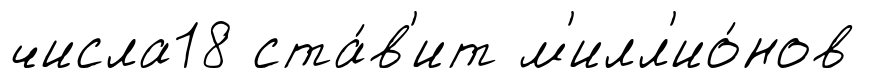
числа18 ста́в'ит м'илл'ио́нов